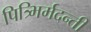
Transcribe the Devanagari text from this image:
पित्र्भिर्मदन्ती